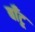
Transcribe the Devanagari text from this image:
बाँटू